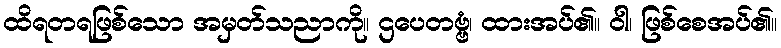
ထိရတရဖြစ်သော အမှတ်သညာကို။ ဌပေတဗ္ဗံ၊ ထားအပ်၏။ ဝါ၊ ဖြစ်စေအပ်၏။